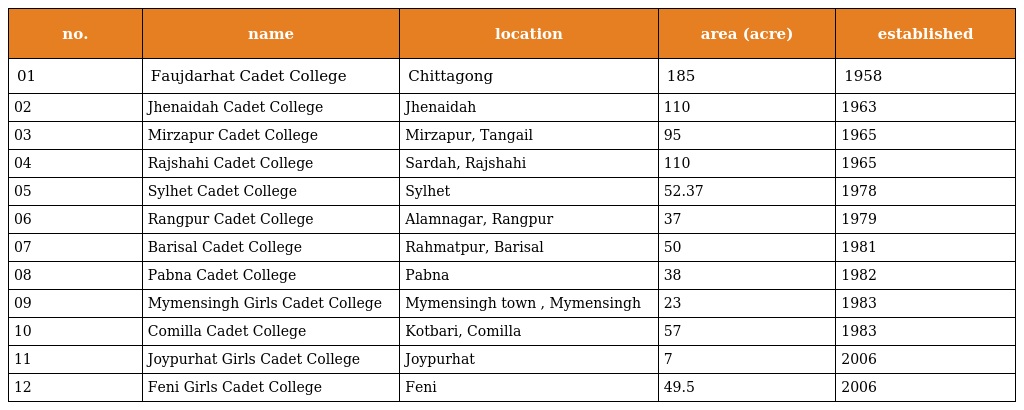
| no. | name | location | area (acre) | established |
 | --- | --- | --- | --- | --- |
 | 01 | Faujdarhat Cadet College | Chittagong | 185 | 1958 |
 | 02 | Jhenaidah Cadet College | Jhenaidah | 110 | 1963 |
 | 03 | Mirzapur Cadet College | Mirzapur, Tangail | 95 | 1965 |
 | 04 | Rajshahi Cadet College | Sardah, Rajshahi | 110 | 1965 |
 | 05 | Sylhet Cadet College | Sylhet | 52.37 | 1978 |
 | 06 | Rangpur Cadet College | Alamnagar, Rangpur | 37 | 1979 |
 | 07 | Barisal Cadet College | Rahmatpur, Barisal | 50 | 1981 |
 | 08 | Pabna Cadet College | Pabna | 38 | 1982 |
 | 09 | Mymensingh Girls Cadet College | Mymensingh town , Mymensingh | 23 | 1983 |
 | 10 | Comilla Cadet College | Kotbari, Comilla | 57 | 1983 |
 | 11 | Joypurhat Girls Cadet College | Joypurhat | 7 | 2006 |
 | 12 | Feni Girls Cadet College | Feni | 49.5 | 2006 |